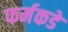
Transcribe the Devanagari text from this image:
फर्मकडे